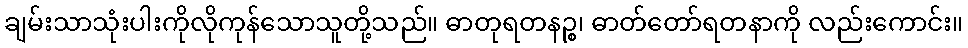
ချမ်းသာသုံးပါးကိုလိုကုန်သောသူတို့သည်။ ဓာတုရတနဉ္စ၊ ဓာတ်တော်ရတနာကို လည်းကောင်း။